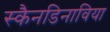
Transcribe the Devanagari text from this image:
स्कैनडिनाविया